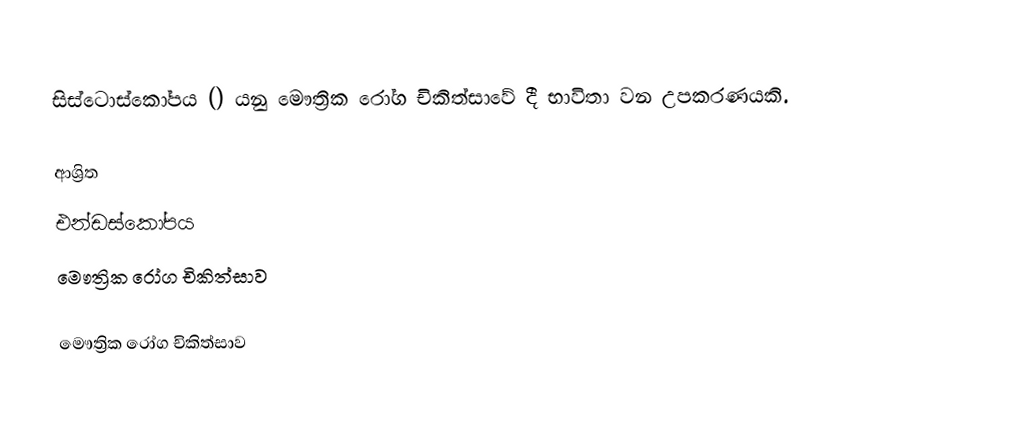
සිස්ටොස්කෝපය () යනු මෞත්‍රික රෝග චිකිත්සාවේ දී භාවිතා වන උපකරණයකි.

ආශ්‍රිත
 එන්ඩස්කෝපය
 මෞත්‍රික රෝග චිකිත්සාව

මෞත්‍රික රෝග චිකිත්සාව